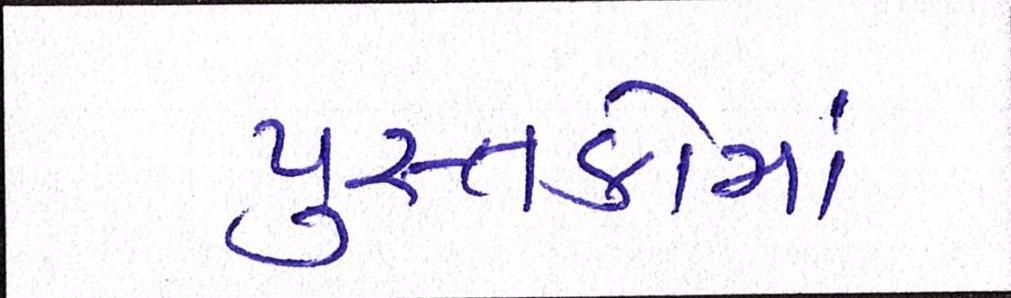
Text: પુસ્તકોમાં